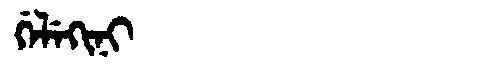
Manchu: ᡤᡝᠯᡝᡴᡳᠨᡳ
Romanization: GELEKINI